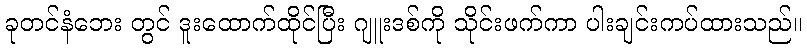
ခုတင်နံဘေး တွင် ဒူးထောက်ထိုင်ပြီး ဂျူးဒစ်ကို သိုင်းဖက်ကာ ပါးချင်းကပ်ထားသည်။